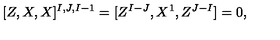
[ Z , X , X ] ^ { I , J , I - 1 } = [ Z ^ { I - J } , X ^ { 1 } , Z ^ { J - I } ] = 0 ,